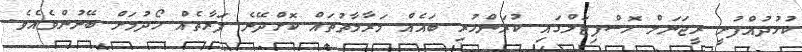
ކުޅުދުއްފުށީ ރީޖަނަލް ހޮސްޕިޓަލްގައި ކުރަންހުރި ބައެއް މަރާމާތުތައް ކޮށްދޭނެ ފަރާތެއް ހޯދުމަށް ބޭނުންވެއެވެ.